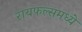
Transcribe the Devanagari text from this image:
रायफल्समध्ये